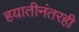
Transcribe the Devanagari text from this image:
हयातीनंतरही